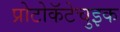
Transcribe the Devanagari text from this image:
प्रोटोकॅटेचुइक